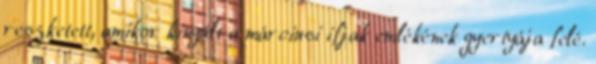
reszketett, amikor kinyúlt a márciusi ifjak emlékének gyertyája felé.